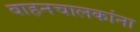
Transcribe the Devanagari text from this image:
वाहनचालकांना